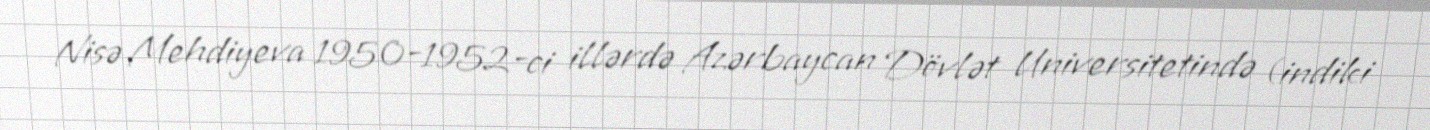
Nisə Mehdiyeva 1950-1952-ci illərdə Azərbaycan Dövlət Universitetində (indiki